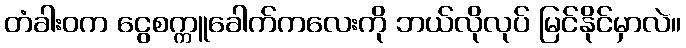
တံခါးဝက ငွေစက္ကူခေါက်ကလေးကို ဘယ်လိုလုပ် မြင်နိုင်မှာလဲ။